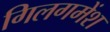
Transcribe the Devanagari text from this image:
गिलगमेंश